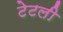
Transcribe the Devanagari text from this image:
टेटली